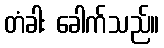
တံခါး ခေါက်သည်။